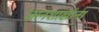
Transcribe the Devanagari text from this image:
ज्ञानशाखांना